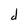
Character: d